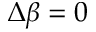
\Delta \beta = 0